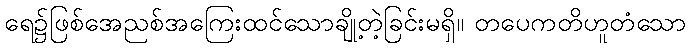
ရေ၌ဖြစ်အေညစ်အကြေးထင်သောချို့တဲ့ခြင်းမရှိ။ တပေကတိဟူတံသော